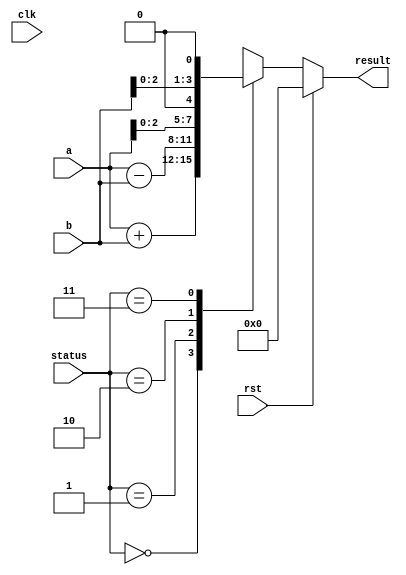
`timescale 1ns/1ps
module alu(input clk,rst,
           input [3:0] a,b,
           input [1:0] status,
           output reg [3:0] result);

          
always@(*)
begin
if (rst) begin
result<='b0000;
end
else begin
 case(status)
  2'b00:begin
     result=a+b;
   end
   2'b01:begin
     result=a-b;
   end
   2'b10: begin
     result=a<<1;
   end
   2'b11: begin
     result=b<<1;
   end
endcase
end
end
endmodule